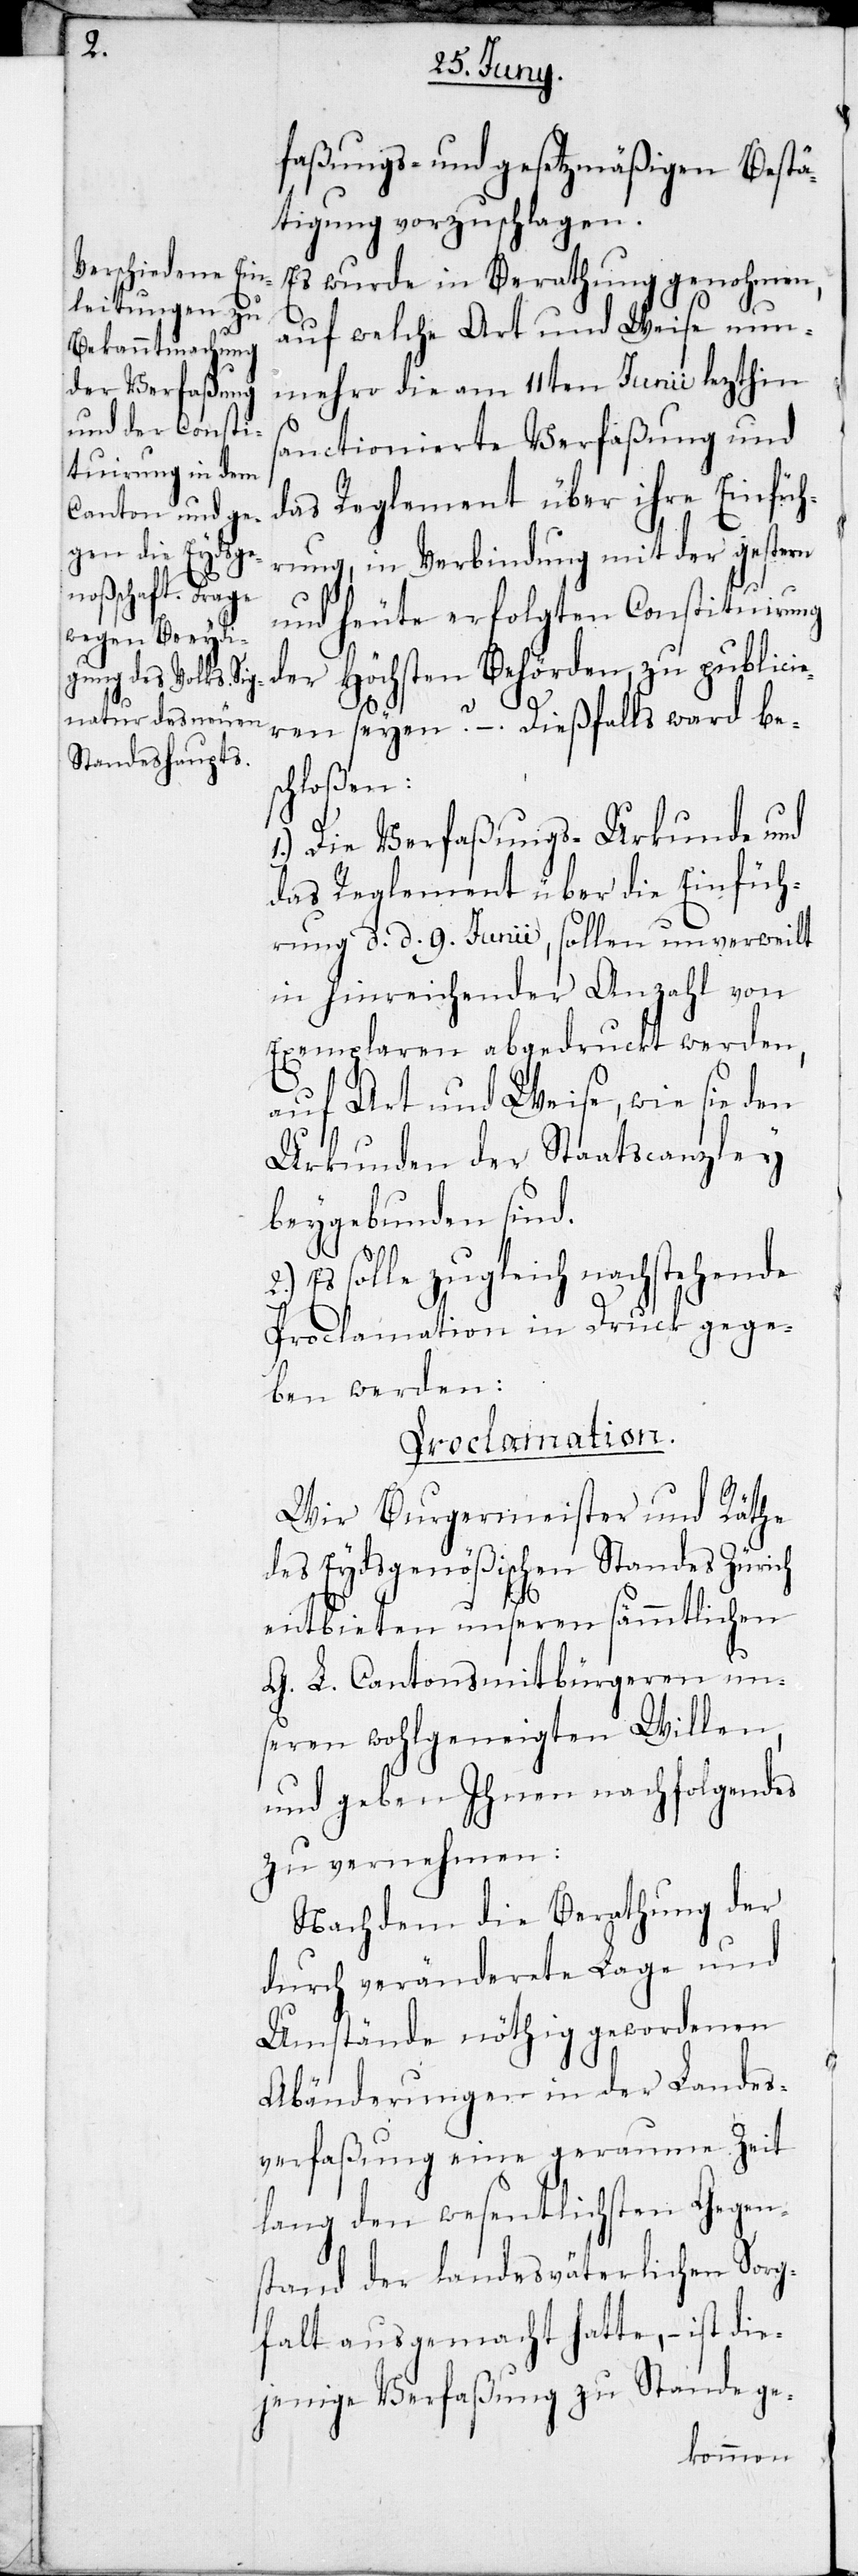
faßungs- und gesetzmäßigen Bestä¬
tigung vorzuschlagen.
Es wurde in Berathung genohmen,
auf welche Art und Weise nun¬
mehr die am 11. Junii lezthin
sanctionierte Verfaßung und
das Reglement über ihre Einfüh¬
rung, in Verbindung mit der gestern
und heute erfolgten Constituirung
der Höchsten Behörden, zu publici¬
ren seyen? – Dießfalls ward bes¬
chloßen:
1.) Die Verfaßungs-Urkunde und
das Reglement über die Einfüh¬
rung d. d. 9. Junii, sollen unverweilt
in hinreichender Anzahl von
Exemplaren abgedruckt werden,
auf Art und Weise, wie sie den
Urkunden der Staatscanzley
beygebunden sind.
Es solle zugleich nachstehende
Proclamation in Druck gege¬
ben werden:
Proclamation:
Wir Burgermeister und Räthe
des Eydsgenößischen Standes Zürich,
entbieten unseren sämmtlichen
G. L. Cantonsmitbürgeren un¬
seren wohlgeneigten Willen,
und geben Ihnen nachfolgendes
zu vernehmen:
Nachdem die Berathung der
durch veränderete Lage und
Umstände nöthig gewordenen
Abänderungen in der Landes¬
verfaßung eine geraume Zeit
lang den wesentlichsten Gegen¬
stand der landesväterlichen Sorg¬
falt ausgemacht hatte, – ist die¬
jenige Verfaßung zu Stande ge-